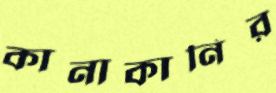
কানাকানির